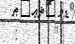
:      "